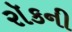
રૉકની